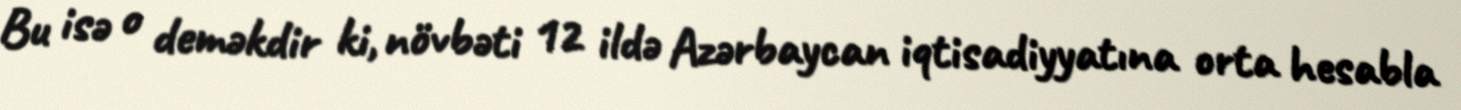
Bu isə o deməkdir ki, növbəti 12 ildə Azərbaycan iqtisadiyyatına orta hesabla